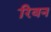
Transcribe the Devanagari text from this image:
रिवन